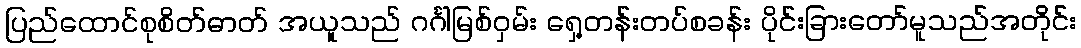
ပြည်ထောင်စုစိတ်ဓာတ် အယူသည် ဂင်္ဂါမြစ်ဝှမ်း ရှေ့တန်းတပ်စခန်း ပိုင်းခြားတော်မူသည်အတိုင်း